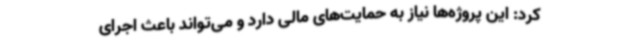
کرد: این پروژه‌ها نیاز به حمایت‌های مالی دارد و می‌تواند باعث اجرای